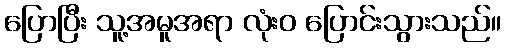
ပြောပြီး သူ့အမူအရာ လုံးဝ ပြောင်းသွားသည်။